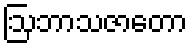
ဩဘာသဇာတော